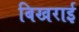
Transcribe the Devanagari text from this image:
बिखराई